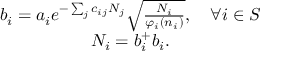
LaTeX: \begin{array} { c } { { b _ { i } = a _ { i } e ^ { - \sum _ { j } c _ { i j } N _ { j } } \sqrt { \frac { N _ { i } } { \varphi _ { i } ( n _ { i } ) } } , \quad \forall i \in S } } \\ { { N _ { i } = b _ { i } ^ { + } b _ { i } . } } \end{array}